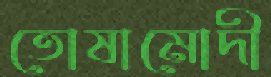
তোষামোদী